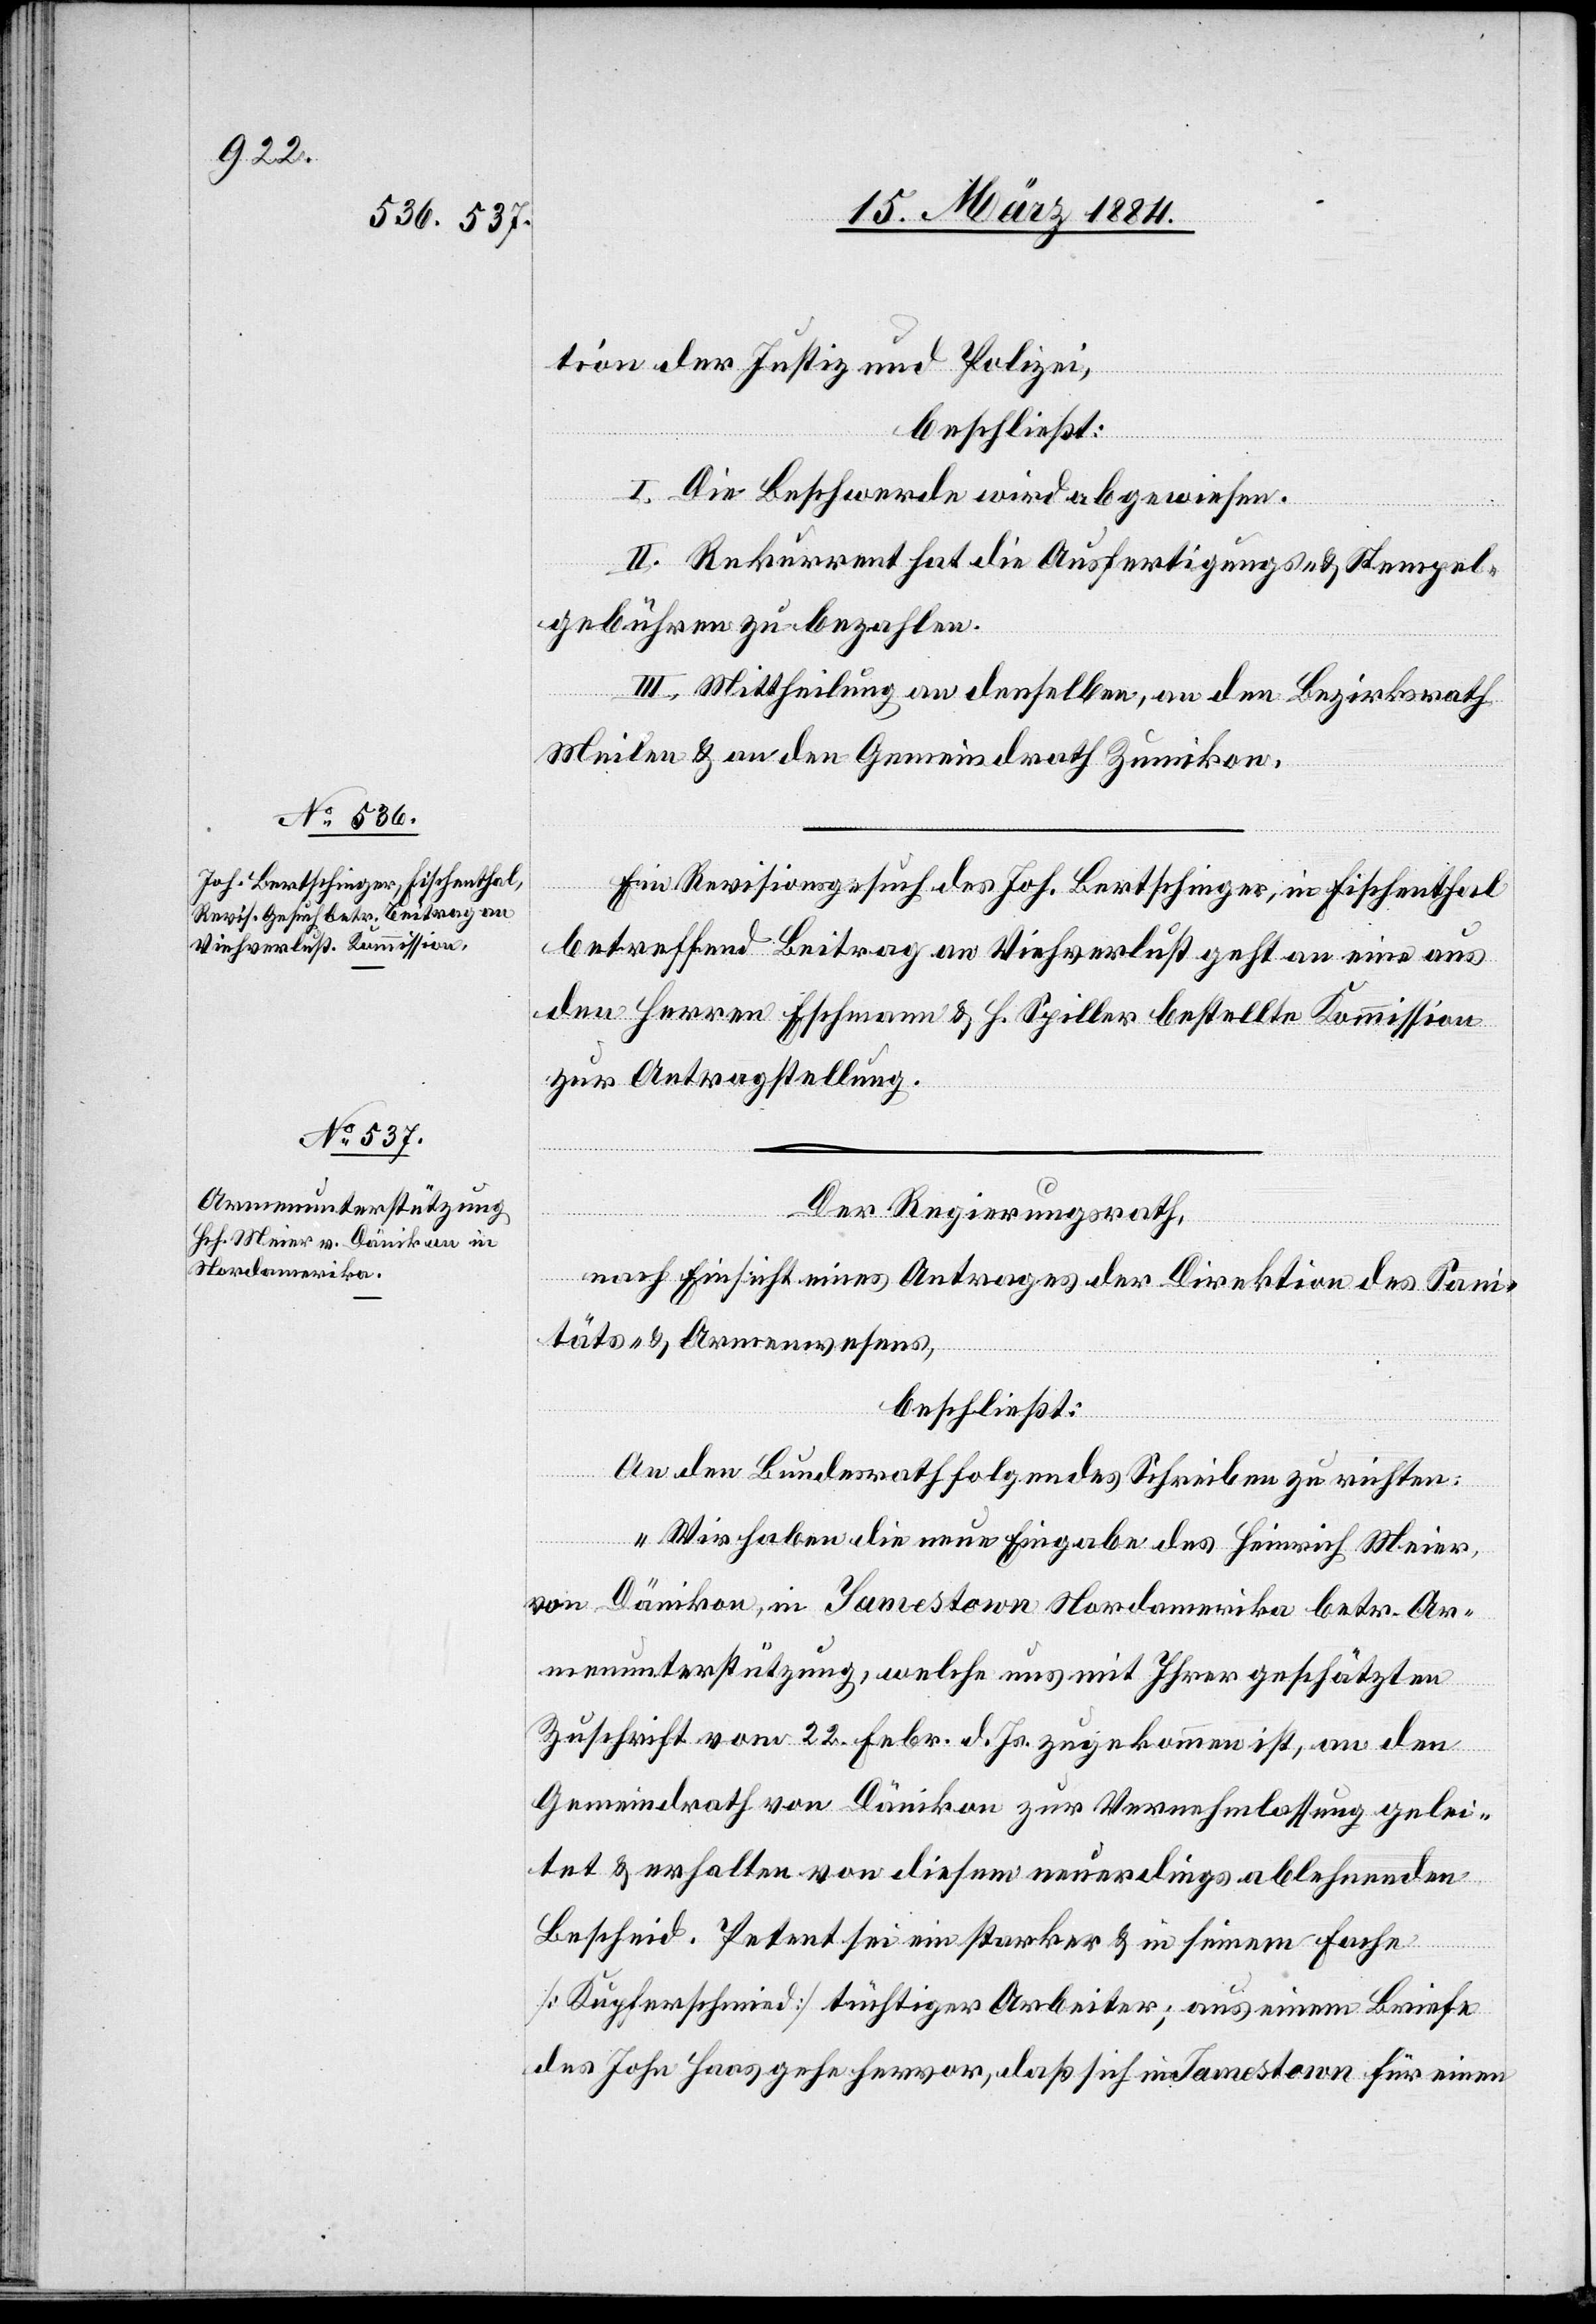
tion der Justiz und Polizei,
beschließt:
I. Die Beschwerde wird abgewiesen.
II. Rekurrent hat die Ausfertigungs- & Stempel¬
gebühren zu bezahlen.
III. Mittheilung an denselben, an den Bezirksrath
Meilen & an den Gemeindrath Zumikon.
Ein Revisionsgesuch des Joh. Bertschinger, in Fischenthal
betreffend Beitrag an Viehverlust geht an eine aus
den Herren Eschmann & H. Spiller bestellte Kommission
zur Antragstellung.
Der Regierungsrath,
nach Einsicht eines Antrages der Direktion des Sani¬
täts- & Armenwesens,
beschließt:
An den Bundesrath folgendes Schreiben zu richten:
„Wir haben die neue Eingabe des Heinrich Meier,
von Dänikon, in Jamestown [-] Nordamerika betr. Ar¬
menunterstützung, welche uns mit Ihrer geschätzten
Zuschrift vom 22. Febr. d. Js. zugekommen ist, an den
Gemeindrath von Dänikon zur Vernehmlassung gelei¬
tet & erhalten von diesem neuerdings ablehnenden
Bescheid. Petent sei ein starker & in seinem Fache
[Kupferschmid] tüchtiger Arbeiter; aus einem Briefe
des John Haas gehe hervor, daß sich in Jamestown für einen